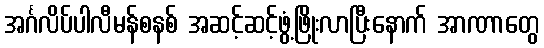
အင်္ဂလိပ်ပါလီမန်စနစ် အဆင့်ဆင့်ဖွံ့ဖြိုးလာပြီးနောက် အာဏာတွေ